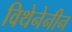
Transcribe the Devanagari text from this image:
विथेनेनीन